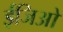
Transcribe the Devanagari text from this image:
ईजिओ